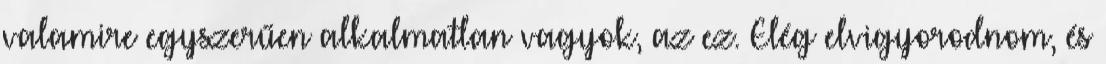
valamire egyszerűen alkalmatlan vagyok, az ez. Elég elvigyorodnom, és